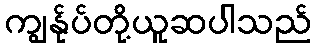
ကျွန်ုပ်တို့ယူဆပါသည်